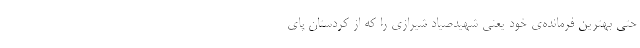
حتی بهترین فرمانده‌ی خود یعنی شهیدصیاد شیرازی را که از کردستان پای